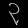
Digit: ၃